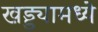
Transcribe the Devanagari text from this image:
खड्ड्यामध्ये